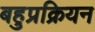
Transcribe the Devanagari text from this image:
बहुप्रक्रियन